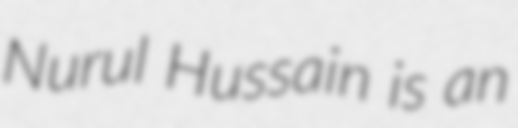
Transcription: Nurul Hussain is an